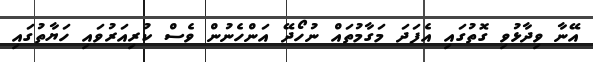
އޭނާ ވިދާޅުވި ގޮތުގައި އެފަދަ މަގާމުތައް ނުހޯދޭ އަންހެނުން ވެސް ކުރިއަރުވައި ހަޔާތުގައި